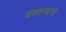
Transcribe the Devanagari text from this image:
जसराजांचे